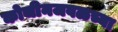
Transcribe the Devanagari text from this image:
कोचीनजवळच्या